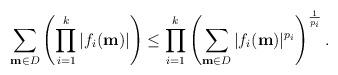
LaTeX: \begin{align*} \sum_{{\bf m}\in D} \left(\prod_{i=1}^k |f_i({\bf m})|\right) \le \prod_{i=1}^k \left(\sum_{{\bf m}\in D} |f_i({\bf m})|^{p_i}\right)^{\frac{1}{p_i}}.\end{align*}